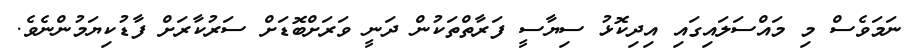
ނަމަވެސް މި މައްސަލައިގައި އިދިކޮޅު ސިޔާސީ ފަރާތްތަކުން ދަނީ ވަރަށްބޮޑަށް ސަރުކާރަށް ފާޑުކިޔަމުންނެވެ.